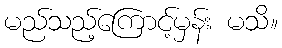
မည်သည့်ကြောင့်မှန်း မသိ။